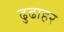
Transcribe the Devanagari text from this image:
ढुढाहर